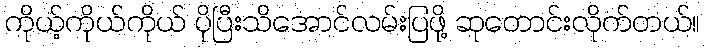
ကိုယ့်ကိုယ်ကိုယ် ပိုပြီးသိအောင်လမ်းပြဖို့ ဆုတောင်းလိုက်တယ်။